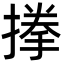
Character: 搼